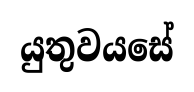
යුතුවයසේ